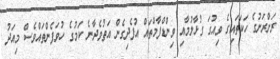
ރަށްރަށުގެ ހަކަތައިގެ ވިއުގަ ގުޅާލުމާއި ވިންޑްފާމްތައް އުފެދިގެން އަތުވެދާނެ ކަމުގެ ހުވަފެންތައްވެސް މިއަދު